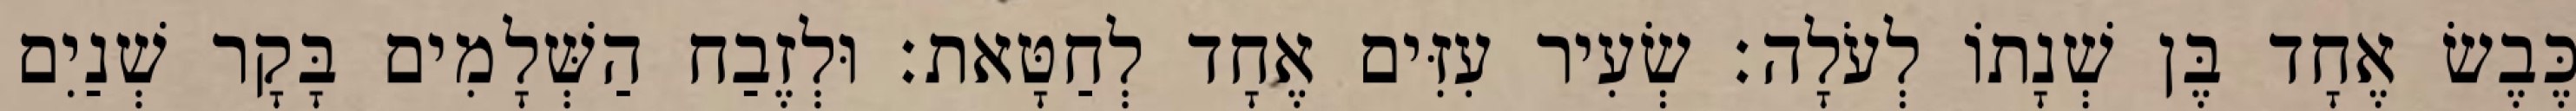
כֶּבֶשׂ אֶחָד בֶּן שְׁנָתוֹ לְעֹלָה׃ שְׂעִיר עִזִּים אֶחָד לְחַטָּאת׃ וּלְזֶבַח הַשְּׁלָמִים בָּקָר שְׁנַיִם